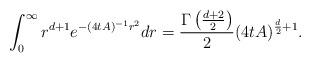
LaTeX: \begin{align*} \int_{0}^{\infty}r^{d+1}e^{-(4tA)^{-1}r^2}dr=\frac{\Gamma\left(\frac{d+2}{2}\right)}{2}(4tA)^{\frac{d}{2}+1}. \end{align*}